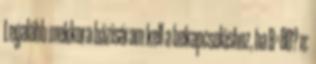
Legalább mekkora bázisáram kell a bekapcsoláshoz, ha B=80? n: